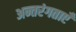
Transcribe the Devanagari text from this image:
अन्तरंगताएँ